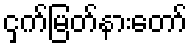
ငှက်မြတ်နားတော်